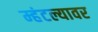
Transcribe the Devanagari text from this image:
म्हंटल्यावर